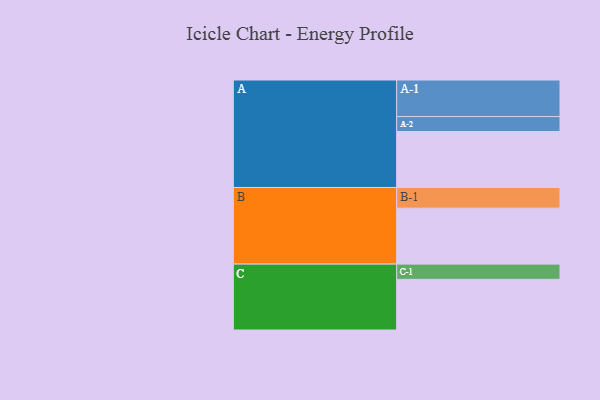
{"axis": {"x": "Segment", "y": "Value"}, "legend": ["", "A", "B", "C"], "data": [{"x": "A", "y": 401, "type": ""}, {"x": "B", "y": 401, "type": ""}, {"x": "C", "y": 363, "type": ""}, {"x": "A-1", "y": 262, "type": "A"}, {"x": "A-2", "y": 107, "type": "A"}, {"x": "B-1", "y": 148, "type": "B"}, {"x": "C-1", "y": 109, "type": "C"}]}